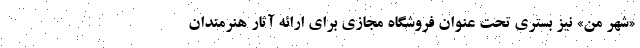
«شهر من» نیز بستری تحت عنوان فروشگاه مجازی برای ارائه آثار هنرمندان